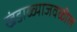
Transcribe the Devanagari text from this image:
खंडाळ्याजवळील